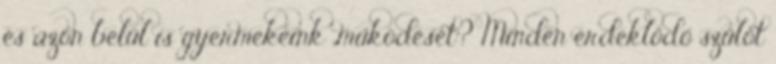
és azon belül is gyermekeink „működését”? Minden érdeklődő szülőt